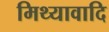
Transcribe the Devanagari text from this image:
मिथ्यावादि